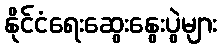
နိုင်ငံရေးဆွေးနွေးပွဲများ